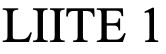
LIITE 1